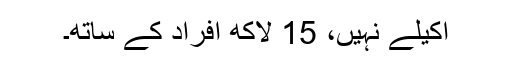
اکیلے نہیں، 15 لاکھ افراد کے ساتھ۔